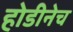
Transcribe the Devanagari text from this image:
होडीनेच